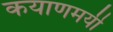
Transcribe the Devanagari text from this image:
कयाणमयी